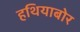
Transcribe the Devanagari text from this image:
हथियाबोर